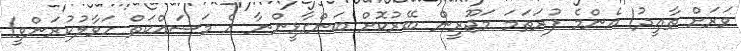
ވަރަށް ތާޢީދު! އެންމެ ފުރަތަމަ މަޖޫރީން ބޭރުކޮށް ބަންގާޅީންނާ އެ މަސައްކަތް ހަވާލުކުރަންވީ!